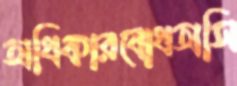
অধিকারবোধঅসি